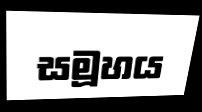
සමූහය